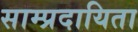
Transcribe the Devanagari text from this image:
साम्प्रदायिता